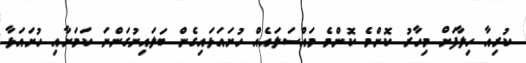
ކުރިއާ ހިލާފަށް މިހާރު ކޮންމެ ކޮންމެ މައްސަލައެއް ހުށައަޅައިގެން ބަލައިނުގަންނަ ކަމަށާއި ހުށައަޅާ